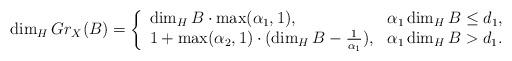
LaTeX: \begin{align*}\dim_H Gr_X(B) = \left\{\begin{array}{ll} \dim_H B \cdot \max(\alpha_1,1), & \alpha_1\dim_H B \leq d_1, \\1+\max(\alpha_2, 1)\cdot(\dim_H B - \frac{1}{\alpha_1}), & \alpha_1\dim_H B > d_1.\end{array}\right.\end{align*}